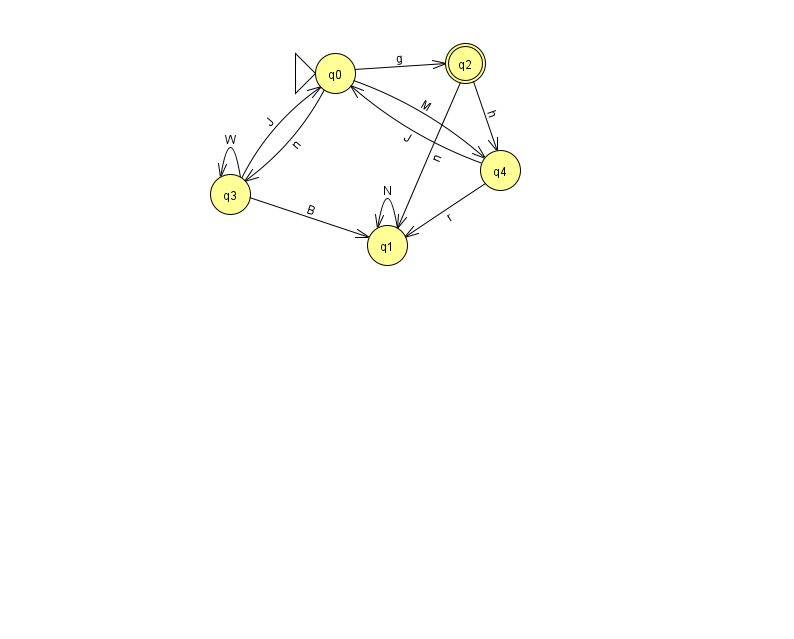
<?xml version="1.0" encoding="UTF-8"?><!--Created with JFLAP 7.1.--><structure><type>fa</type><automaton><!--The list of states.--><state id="0" name="q0"><x>335.0</x><y>60.0</y><initial/></state><state id="1" name="q1"><x>387.0</x><y>232.0</y></state><state id="2" name="q2"><x>465.0</x><y>50.0</y><final/></state><state id="3" name="q3"><x>230.0</x><y>181.0</y></state><state id="4" name="q4"><x>500.0</x><y>157.0</y></state><!--The list of transitions.--><transition><from>2</from><to>4</to><read>h</read></transition><transition><from>2</from><to>1</to><read>n</read></transition><transition><from>4</from><to>1</to><read>r</read></transition><transition><from>3</from><to>1</to><read>B</read></transition><transition><from>3</from><to>3</to><read>W</read></transition><transition><from>4</from><to>0</to><read>J</read></transition><transition><from>0</from><to>2</to><read>g</read></transition><transition><from>3</from><to>0</to><read>J</read></transition><transition><from>0</from><to>3</to><read>n</read></transition><transition><from>1</from><to>1</to><read>N</read></transition><transition><from>0</from><to>4</to><read>M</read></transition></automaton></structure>